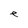
Character: e